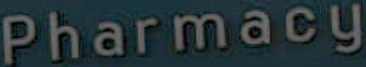
Pharmacy